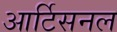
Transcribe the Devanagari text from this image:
आर्टिसनल